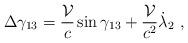
LaTeX: \begin{align*} \Delta \gamma_{13} = \frac {\cal V}c \sin \gamma_{13} + \frac {\cal V}{c^2} \dot \lambda_2~,\end{align*}